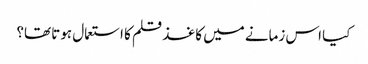
کیا اس زمانے میں کاغذ قلم کا استعمال ہوتا تھا؟